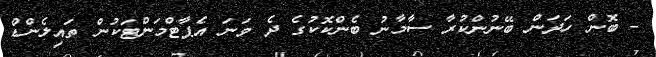
- ބޮން ހަދަން ބޭނުންކުރާ ސާމާނު ބެންކޮކުގެ ދެ ވަނަ އެޕާޓްމަންޓަކުން ތައިލެންޑް